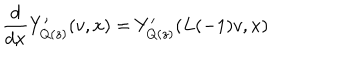
LaTeX: \frac { d } { d x } Y _ { Q ( z ) } ^ { \prime } ( v , x ) = Y _ { Q ( z ) } ^ { \prime } ( L ( - 1 ) v , x )